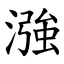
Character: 漒